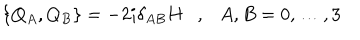
\left\{ Q _ { A } , Q _ { B } \right\} = - 2 i \delta _ { A B } H , A , B = 0 , \dots , 3